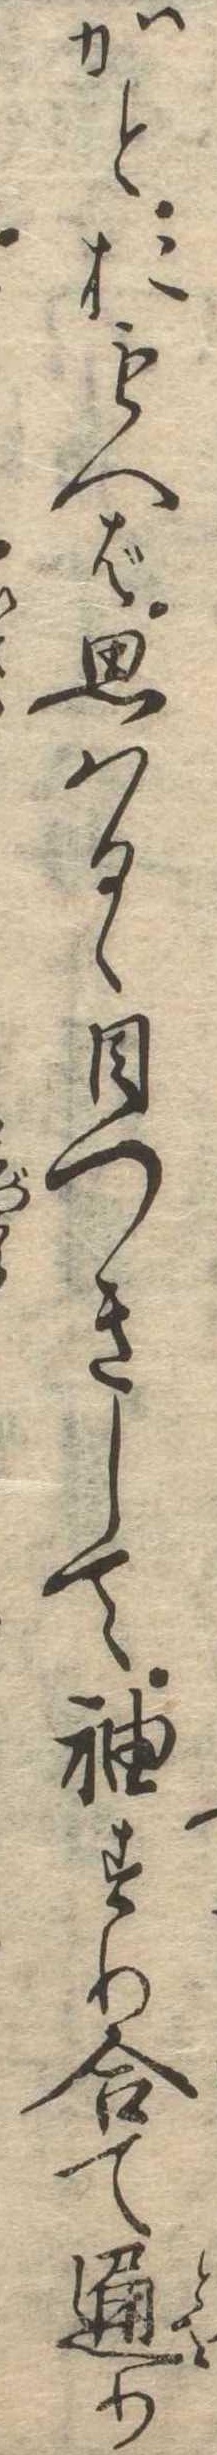
かとおもへば思はるゝ目つきして袖すり合て通り